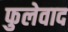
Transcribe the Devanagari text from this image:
फुलेवाद